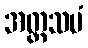
အတ္တသမံ